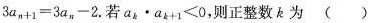
$$3 a _ { n + 1 } = 3 a _ { n } - 2$$。若$$a _ { k } \cdot a _ { k + 1 } < 0$$，则正整数k为()